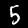
Label: 5